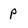
Character: p